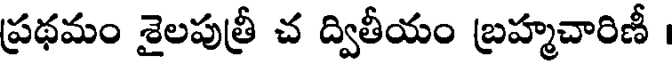
ప్రథమం శైలపుత్రీ చ ద్వితీయం బ్రహ్మచారిణీ